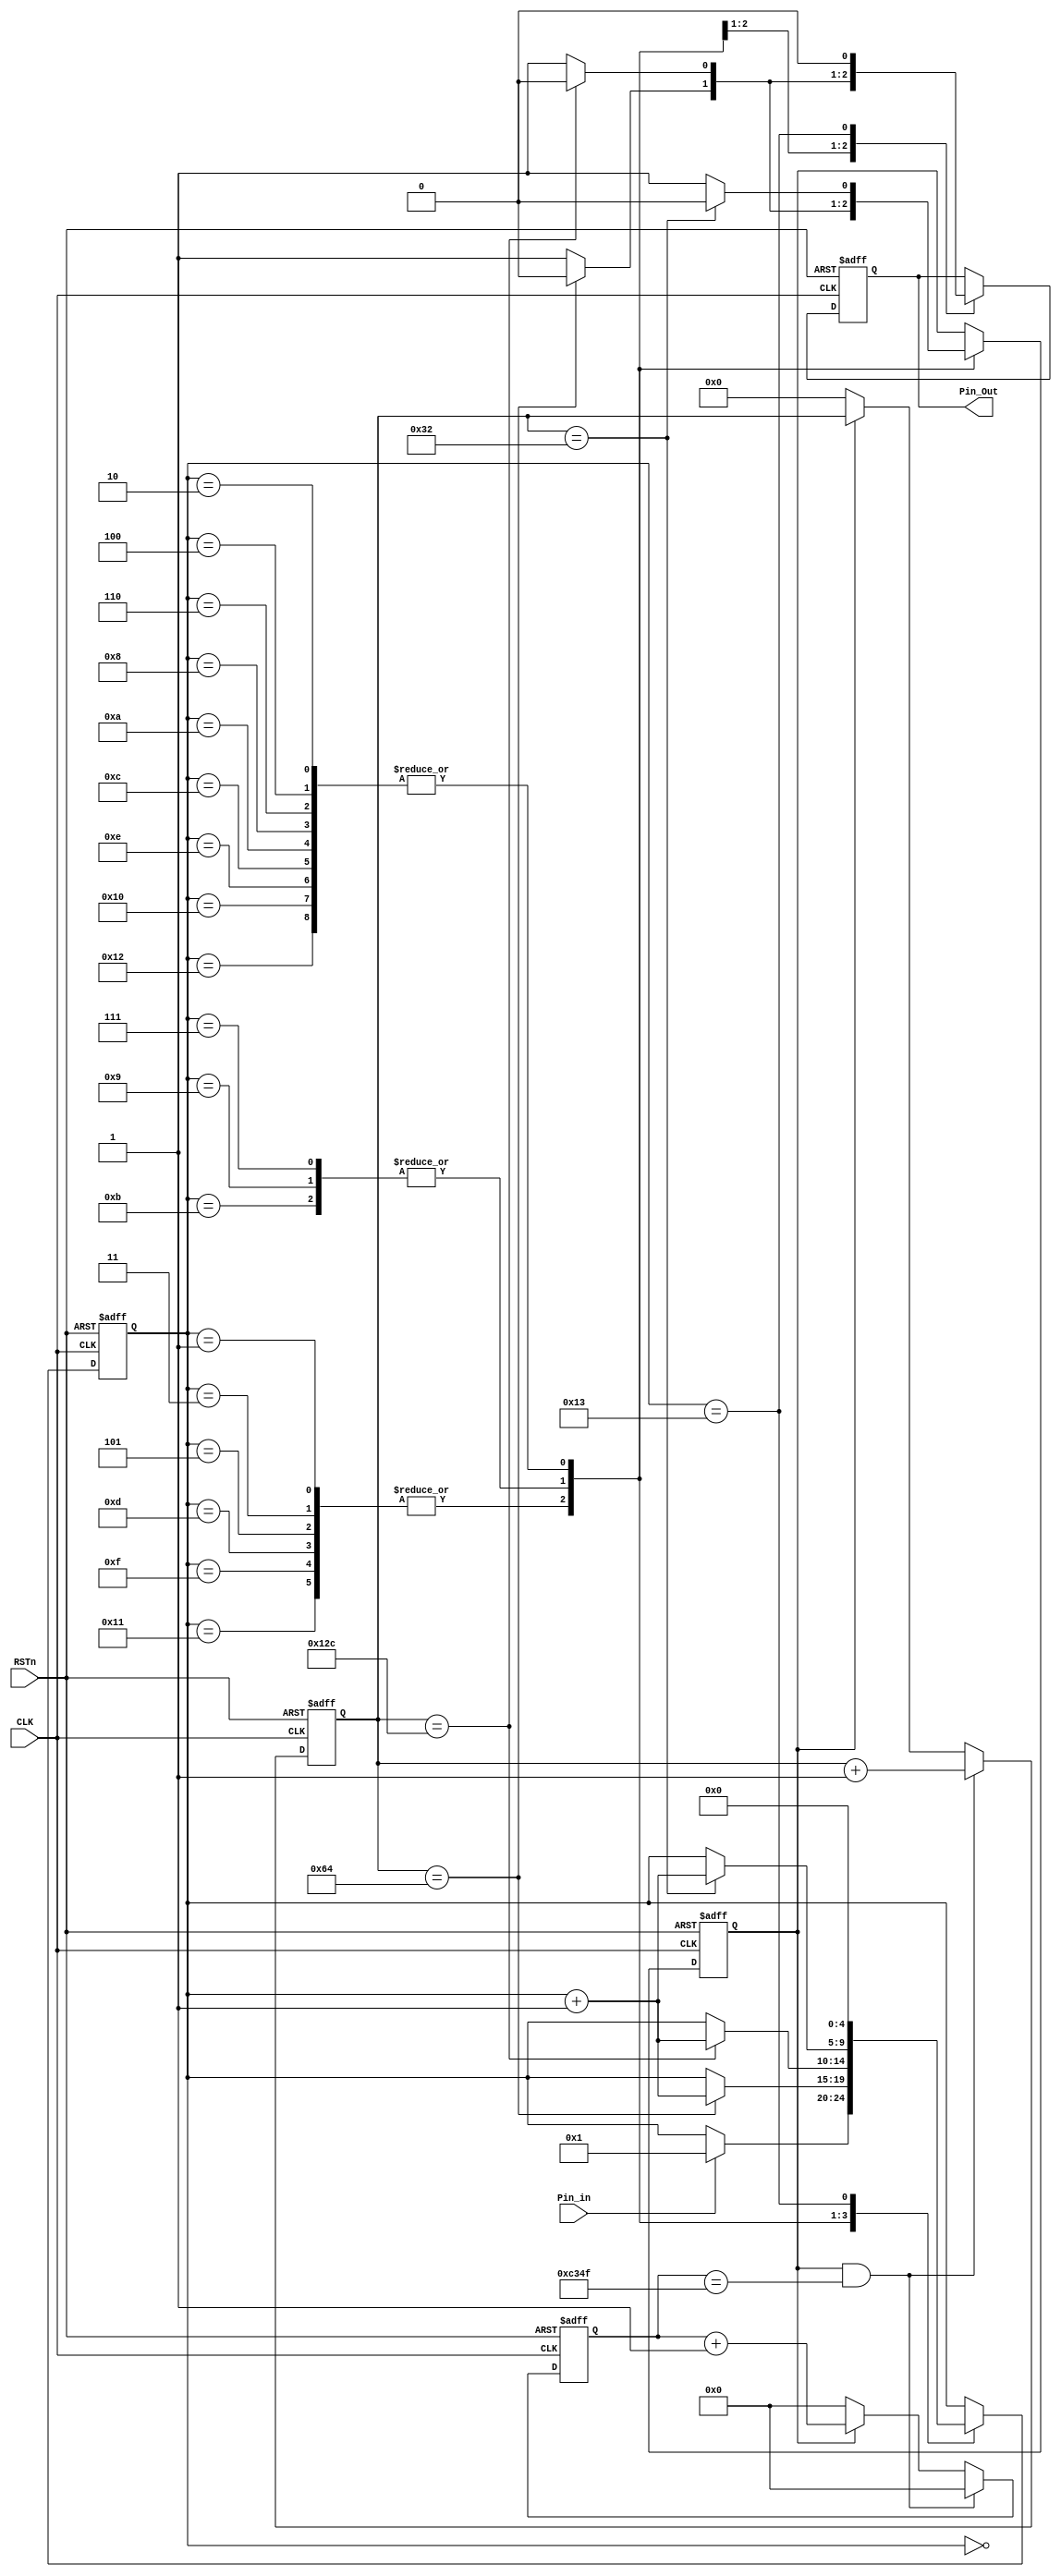
module music_module ( CLK, RSTn, Pin_Out, Pin_in ); 
	input CLK; 
	input RSTn; 
	input Pin_in; 
	output Pin_Out; 
/****************************************/ 
	parameter T1MS = 16'd49_999;//AX309开发板使用的晶振为50MHz，50M*0.001-1=49_999
 /***************************************/ 
 reg [15:0]Count1; 
 always @ ( posedge CLK or negedge RSTn ) 
 if( !RSTn ) Count1 <= 16'd0; 
 else if( isCount && Count1 == T1MS ) //1ms的计数器 
 Count1 <= 16'd0; 
 else if( isCount ) Count1 <= Count1 + 1'b1; 
 else if( !isCount ) Count1 <= 16'd0; 
 /****************************************/ 
 reg [9:0]Count_MS; 
 always @ ( posedge CLK or negedge RSTn )
 if( !RSTn ) Count_MS <= 10'd0; 
 else if( isCount && Count1 == T1MS ) 
 Count_MS <= Count_MS + 1'b1; 
 else if( !isCount ) Count_MS <= 10'd0; 
 /******************************************/ 
 reg isCount; 
 reg rPin_Out; 
 reg [4:0]i;
 always @ ( posedge CLK or negedge RSTn ) 
 if( !RSTn ) begin isCount <= 1'b0; 
 rPin_Out <= 1'b0; 
 i <= 5'd0; 
 end 
 else case( i ) 
 5'd0 : 
 if(Pin_in ) 
 i <= 5'd1;
 5'd1, 5'd3, 5'd5, 5'd13, 5'd15, 5'd17 : 
 if( Count_MS == 10'd100 ) 
 begin 
 isCount <= 1'b0; 
 rPin_Out <= 1'b0; 
 i <= i + 1'b1; 
 end // short 
 else 
 begin 
 isCount <= 1'b1; 
 rPin_Out <= 1'b1; 
 end 
 5'd7, 5'd9, 5'd11 : 
 if( Count_MS == 10'd300 ) 
 begin 
 isCount <= 1'b0; 
 rPin_Out <= 1'b0; 
 i <= i + 1'b1; 
 end // long 
 else 
 begin 
 isCount <= 1'b1; 
 rPin_Out <= 1'b1; 
 end 
 5'd2, 5'd4, 5'd6, 5'd8, 5'd10, 5'd12, 5'd14, 5'd16, 5'd18 : 
 if( Count_MS == 10'd50 ) 
 begin isCount <= 1'b0; 
 i <= i + 1'b1; 
 end// interval 
 else isCount <= 1'b1; 
 5'd19 : 
 begin 
 rPin_Out <= 1'b0; 
 i <= 5'd0; 
 end // end 
 endcase 
 /***************************************************/ 
 assign Pin_Out = rPin_Out; 
 /***************************************************/ 
 endmodule